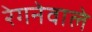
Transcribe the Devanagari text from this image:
रेगनेवाले